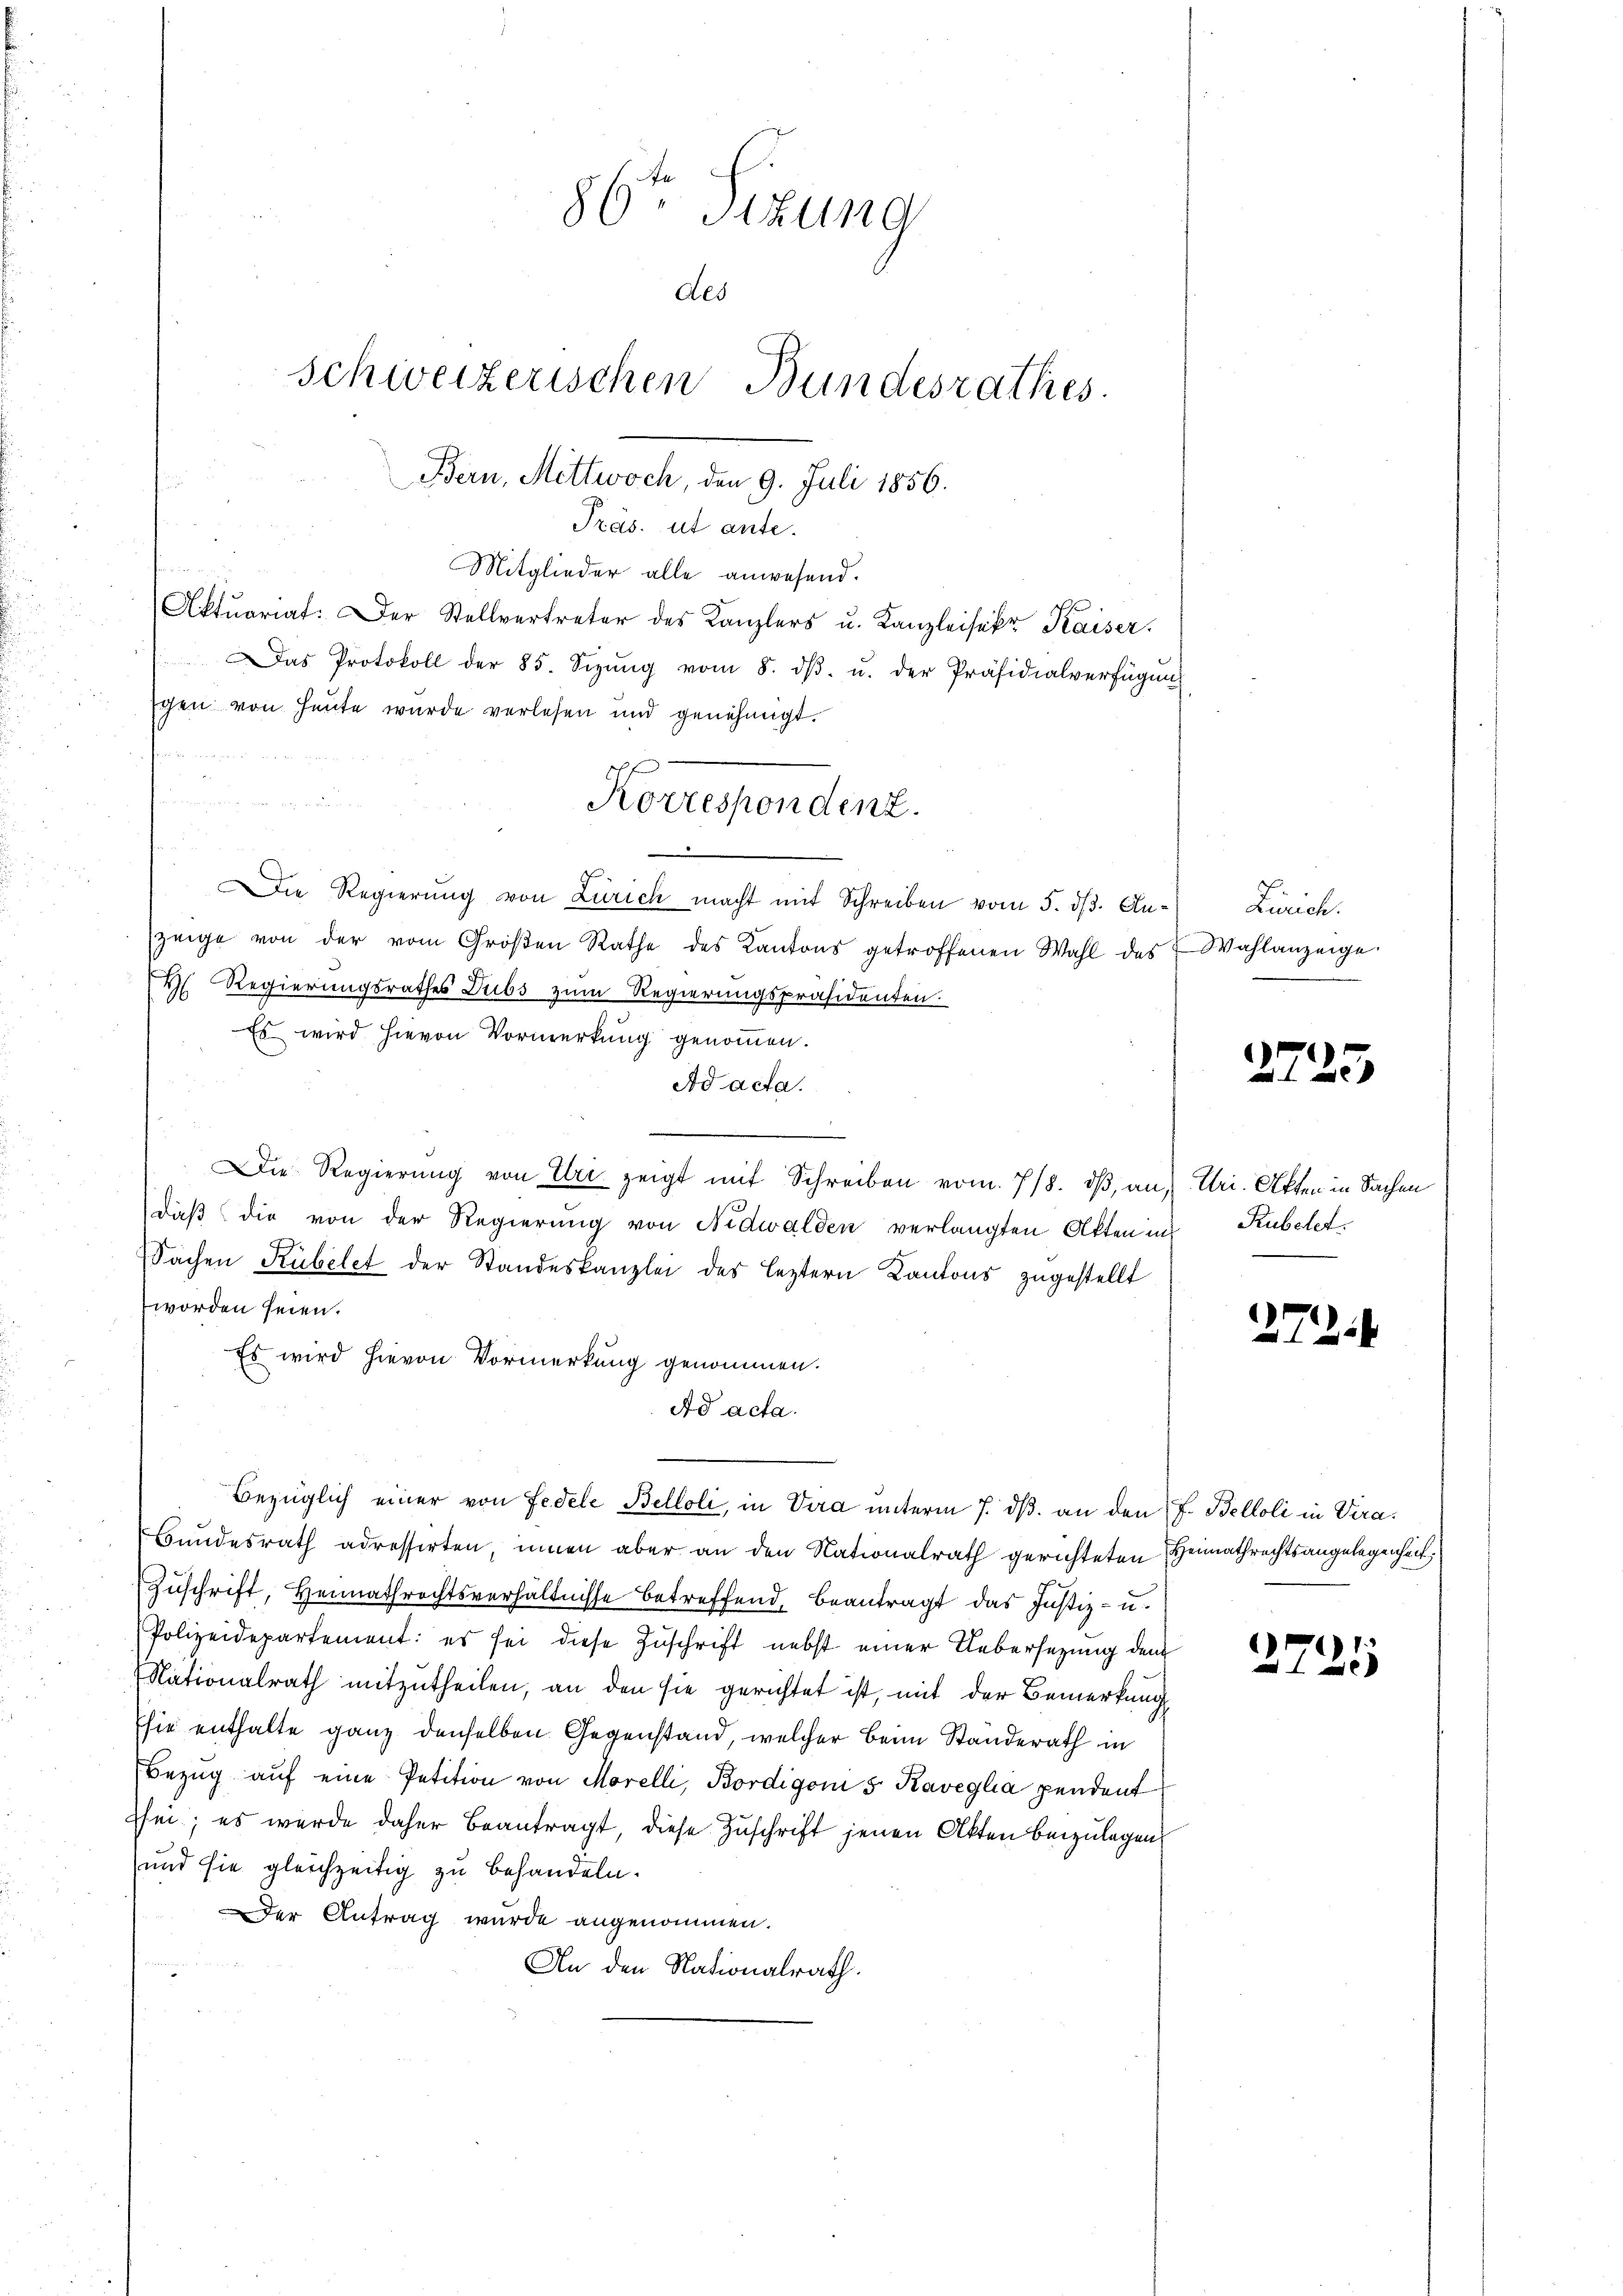
86ten Sitzung
Als
Schweizerischen Bundesrathes.

Bern, Mittwoch, den 9. Juli 1856.

Präs. ut ante.
Mitglieder alle anwesend.
Aktuariat. Der Stellvertreter des Kanzlers u. Kanzleisekr Kaiser.
Das Protokoll der 85. Sizŭng vom 8. dβ. u. der Präsidialverfügung
gen von heute wurde verlesen und genehmigt.
s
u

u
Die Regierŭng von Zürich macht mit Schreiben vom 5. dβ. An- Zürich.
zeige von der vom Großen Rathe des Kantons getroffenen Wahl des
H. Regierungsrathes Dubs zum Regierungspräsidenten.
Es wird hievon Vormerkung genommen.
Ad acta.
Die Regierŭng von Uri zeigt mit Schreiben vom 7/8. dβ an, Uri. Akten in Sachen
daß die von der Regierung von Nidwalden verlangten Akten in Rubelet
Sachen Kübelet der Standeskanzlei des leztern Kantons zugestellt
worden seien.
Es wird hievon Vormerkung genommen.
Ad acta.
Bezüglich einer von Fedele Belloli, in Vera unterm 7. dβ an den J. Belloli in Vira¬
Bundesrath adressirten, innen aber an den Nationalrath gerichteten Heimathrechtsangelegenheit
Zŭschrift, Heimathrechtsverhältnisse betreffend, beantragt das Justiz- u.
Polizeidepartement: es sei diese Zuschrift nebst einer Uebersetzung dem
Nationalrath mitzutheilen, an den sie gerichtet ist, mit der Bemerkung
sie enthalte ganz denselben Gegenstand, welcher beim Standerath in
Bezŭg aŭf eine Petition von Morelli, Bordigonis Kaveglia pendent
sei; es wurde daher Beantragt, diese Zuschrift jenen Akten beizulegen
und sie gleichzeitig zu behandeln.
Der Antrag wurde angenommen.
An den Nationalrath.

Korrespondenz.

Wahlanzeige

2725

272

2725